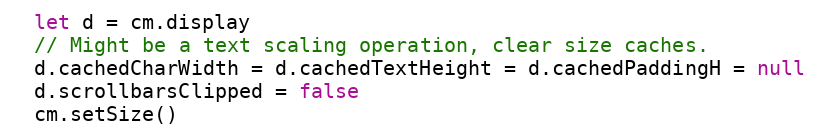
Language: JavaScript
  let d = cm.display
  // Might be a text scaling operation, clear size caches.
  d.cachedCharWidth = d.cachedTextHeight = d.cachedPaddingH = null
  d.scrollbarsClipped = false
  cm.setSize()